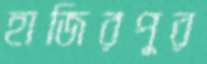
হাজিরপুর